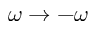
\omega \to - \omega